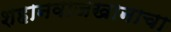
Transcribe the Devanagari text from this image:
शहानवाजखानाचा